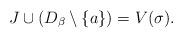
LaTeX: \begin{align*}J\cup(D_{\beta}\setminus\{a\})=V(\sigma).\end{align*}